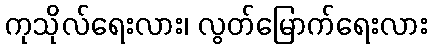
ကုသိုလ်ရေးလား၊ လွတ်မြောက်ရေးလား